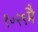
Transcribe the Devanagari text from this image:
१०२९मै